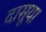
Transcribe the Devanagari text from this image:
दासूया